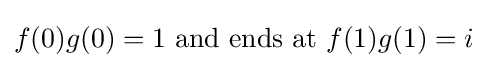
f(0)g(0)=1{\mbox{ and ends at }}f(1)g(1)=i